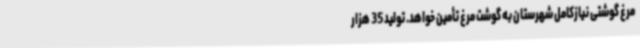
مرغ گوشتی نیازکامل شهرستان به گوشت مرغ تأمین خواهد. تولید 35 هزار